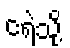
ငရဲသို့